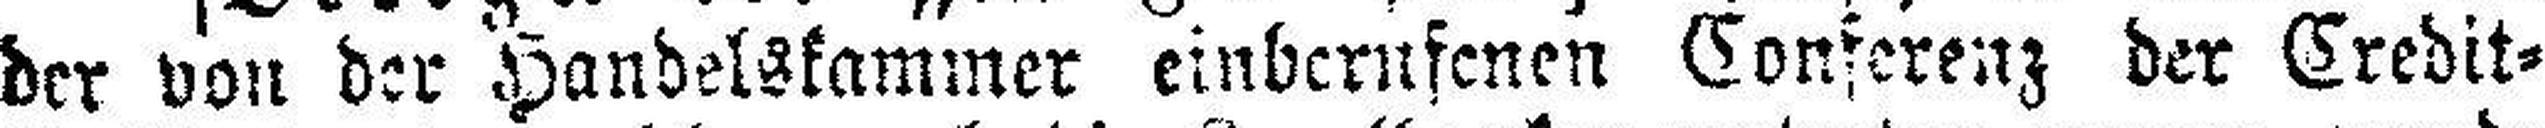
der von der Handelskammer einberufenen Conferenz der Credit=